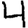
Digit: 4